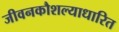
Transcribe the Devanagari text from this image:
जीवनकौशल्याधारित